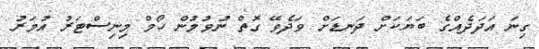
ގިނަ އަދަދެއްގެ ބަޔަކަށް ދަނޑަށް ވަދެވޭ ގޮތް ނުވުމުން ހޯމް މިނިސްޓަރު އުމަރު